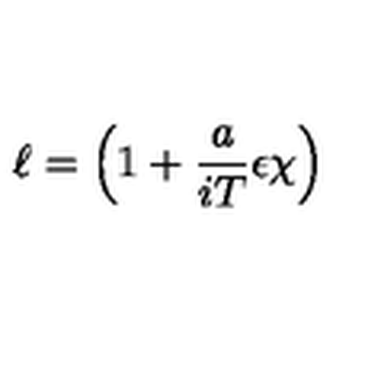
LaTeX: \ell = \left( 1 + \frac { a } { i T } \epsilon \chi \right)